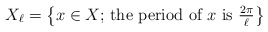
\begin{align*} X_\ell=\left\{x\in X;\, \mbox{the period of $x$ is $\frac{2\pi}{\ell}$}\right\}\end{align*}